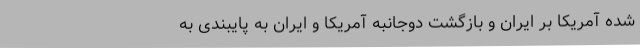
شده آمریکا بر ایران و بازگشت دوجانبه آمریکا و ایران به پایبندی به